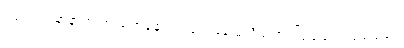
ကြင်ကြင်နာနာ စကားပြောနေရင်း ဖျတ်ခနဲ မသိမသာ ကြည့်ချင်ကြည့်မည်။